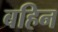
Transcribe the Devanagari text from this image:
बहिन